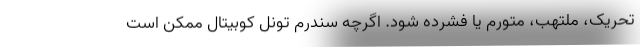
تحریک، ملتهب، متورم یا فشرده شود. اگرچه سندرم تونل کوبیتال ممکن است